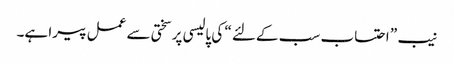
نیب ” احتساب سب کےلئے “ کی پالیسی پر سختی سے عمل پیرا ہے۔